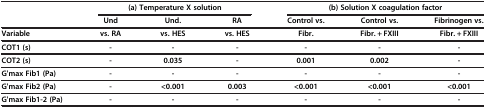
<table><thead><tr><td rowspan="2"><b> </b></td><td colspan="3"><b>(a) Temperature X solution</b></td><td colspan="3"><b>(b) Solution X coagulation factor</b></td></tr><tr><td><b>Und</b></td><td><b>Und.</b></td><td><b>RA</b></td><td><b>Control vs.</b></td><td><b>Control vs.</b></td><td><b>Fibrinogen vs.</b></td></tr></thead><tbody><tr><td><b>Variable</b></td><td><b>vs. RA</b></td><td><b>vs. HES</b></td><td><b>vs. HES</b></td><td><b>Fibr.</b></td><td><b>Fibr. + FXIII</b></td><td><b>Fibr. + FXIII</b></td></tr><tr><td><b>COT1 (s)</b></td><td><b>-</b></td><td><b>-</b></td><td><b>-</b></td><td><b>-</b></td><td><b>-</b></td><td><b>-</b></td></tr><tr><td><b>COT2 (s)</b></td><td><b>-</b></td><td><b>0.035</b></td><td><b>-</b></td><td><b>0.001</b></td><td><b>0.002</b></td><td><b>-</b></td></tr><tr><td><b>G&#x27;max Fib1 (Pa)</b></td><td><b>-</b></td><td><b>-</b></td><td><b>-</b></td><td><b>-</b></td><td><b>-</b></td><td><b>-</b></td></tr><tr><td><b>G&#x27;max Fib2 (Pa)</b></td><td><b>-</b></td><td><b>&lt;0.001</b></td><td><b>0.003</b></td><td><b>&lt;0.001</b></td><td><b>&lt;0.001</b></td><td><b>&lt;0.001</b></td></tr><tr><td><b>G&#x27;max Fib1-2 (Pa)</b></td><td><b>-</b></td><td><b>-</b></td><td><b>-</b></td><td><b>-</b></td><td><b>-</b></td><td><b>-</b></td></tr></tbody></table>